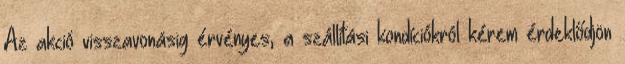
Az akció visszavonásig érvényes, a szállítási kondíciókról kérem érdeklődjön